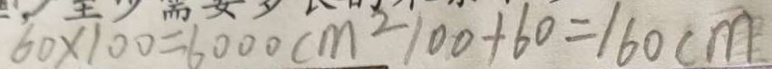
6 0 \times 1 0 0 = 6 0 0 0 c m ^ { 2 } 1 0 0 + 6 0 = 1 6 0 c m